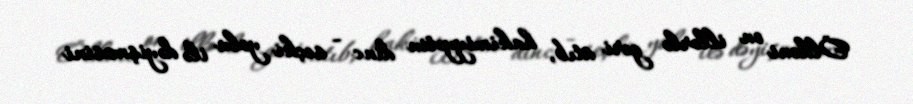
Ölkəni on illərlə geri atıb, hakimiyyətin dinc - seçki yolu ilə dəyişməsini